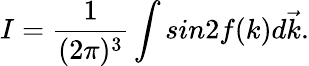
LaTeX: I=\frac{1}{(2\pi)^{3}}\int sin2f(k)d\vec{k}.